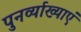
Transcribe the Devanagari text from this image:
पुनर्व्याख्याएं